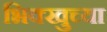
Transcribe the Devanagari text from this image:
भिक्खुच्या